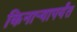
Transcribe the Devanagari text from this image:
किनार्‍यापर्यंत